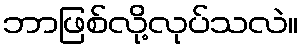
ဘာဖြစ်လို့လုပ်သလဲ။